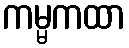
ကမ္မကထာ